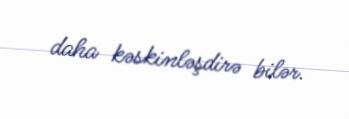
daha kəskinləşdirə bilər.